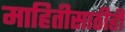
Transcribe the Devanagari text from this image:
माहितीसाठीही